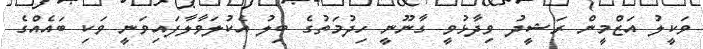
ވަކީލު އަޒްމީން ރަޝީދު ވިދާޅުވީ ގާނޫނީ ހިދުމަތުގެ ބިލު އެކުލަވާލާފައިވަނީ ވަކި ބައެއްގެ